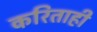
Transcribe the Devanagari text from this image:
करिताही